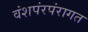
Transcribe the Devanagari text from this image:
वंशपंरपंरागत